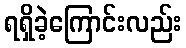
ရရှိခဲ့ကြောင်းလည်း